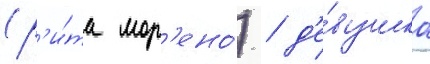
(р'и́та мор'ено́) / д'е́вушка